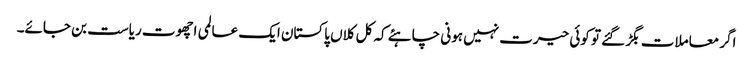
اگر معاملات بگڑ گئے تو کوئی حیرت نہیں ہونی چاہئے کہ کل کلاں پاکستان ایک عالمی اچھوت ریاست بن جائے۔